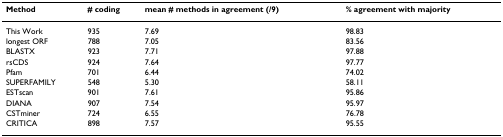
<table><thead><tr><td><b>Method</b></td><td><b># coding</b></td><td><b>mean # methods in agreement (/9)</b></td><td><b>% agreement with majority</b></td></tr></thead><tbody><tr><td>This Work</td><td>935</td><td>7.69</td><td>98.83</td></tr><tr><td>longest ORF</td><td>788</td><td>7.05</td><td>83.56</td></tr><tr><td>BLASTX</td><td>923</td><td>7.71</td><td>97.88</td></tr><tr><td>rsCDS</td><td>924</td><td>7.64</td><td>97.77</td></tr><tr><td>Pfam</td><td>701</td><td>6.44</td><td>74.02</td></tr><tr><td>SUPERFAMILY</td><td>548</td><td>5.30</td><td>58.11</td></tr><tr><td>ESTscan</td><td>901</td><td>7.61</td><td>95.86</td></tr><tr><td>DIANA</td><td>907</td><td>7.54</td><td>95.97</td></tr><tr><td>CSTminer</td><td>724</td><td>6.55</td><td>76.78</td></tr><tr><td>CRITICA</td><td>898</td><td>7.57</td><td>95.55</td></tr></tbody></table>